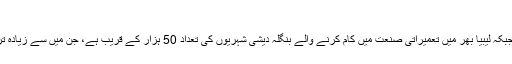
غیرملکی شہریوں کو انخلا جاری ہے
اسلام اور ماجد کے بقول اس علاقے میں تقریبا 800 بنگلہ دیشی شہری مقیم ہیں جبکہ لیبیا بھر میں تعمیراتی صنعت میں کام کرنے والے بنگلہ دیشی شہریوں کی تعداد 50 ہزار کے قریب ہے، جن میں سے زیادہ تر افراد کم معاوضے پر تعمیراتی صنعت کے لیے اپنی خدمات سرانجام دیتے ہیں۔